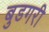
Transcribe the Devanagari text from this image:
बुडगरी